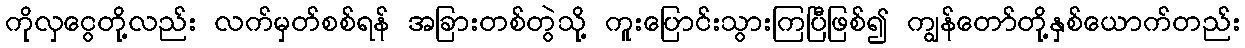
ကိုလှငွေတို့လည်း လက်မှတ်စစ်ရန် အခြားတစ်တွဲသို့ ကူးပြောင်းသွားကြပြီဖြစ်၍ ကျွန်တော်တို့နှစ်ယောက်တည်း